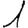
Digit: 1